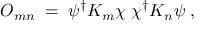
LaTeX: { \cal O } _ { m n } \; = \; \psi ^ { \dagger } { \cal K } _ { m } \chi \; \chi ^ { \dagger } { \cal K } _ { n } \psi \; ,